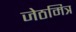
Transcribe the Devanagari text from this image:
जेठमित्र